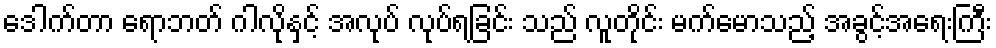
ဒေါက်တာ ရောဘတ် ဂါလိုနှင့် အလုပ် လုပ်ရခြင်း သည် လူတိုင်း မက်မောသည့် အခွင့်အရေးကြီး